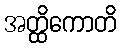
အတ္ထိကောတိ